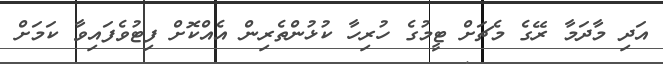
އަދި މާދަމާ ރޭގެ މެޗަށް ޓީމުގެ ހުރިހާ ކުޅުންތެރިން އެއްކޮށް ފިޓުވެފައިވާ ކަމަށް